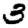
Digit: 3